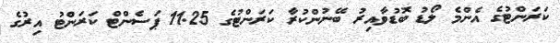
ކަރަންޓުގެ އެންމެ ލޯޑު ބޮޑުވާއިރު ބޭނުންކުރާ ކަރަންޓުގެ 11.25 ޕަސެންޓް ކަރަންޓު އިރުގެ